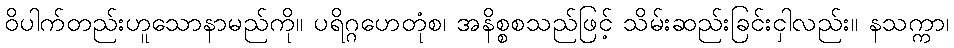
ဝိပါက်တည်းဟူသောနာမည်ကို။ ပရိဂ္ဂဟေတုံစ၊ အနိစ္စစသည်ဖြင့် သိမ်းဆည်းခြင်းငှါလည်း။ နသက္ကာ၊